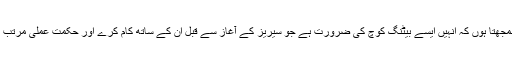
میں سمجھتا ہوں کہ انہیں ایسے بیٹنگ کوچ کی ضرورت ہے جو سیریز کے آغاز سے قبل ان کے ساتھ کام کرے اور حکمت عملی مرتب کرے۔